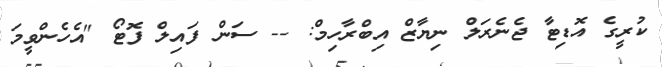
ކުރީގެ އޮޑިޓާ ޖެނެރަލް ނިޔާޒް އިބްރާހިމް: -- ސަން ފައިލް ފޮޓޯ "އެހެންވީމަ